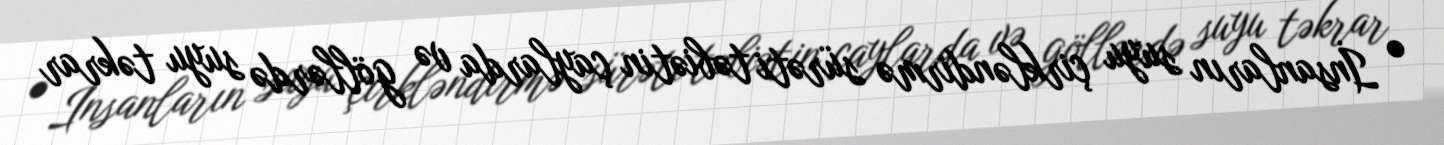
• İnsanların suyu çirkləndirmə sürəti təbiətin çaylarda və göllərdə suyu təkrar